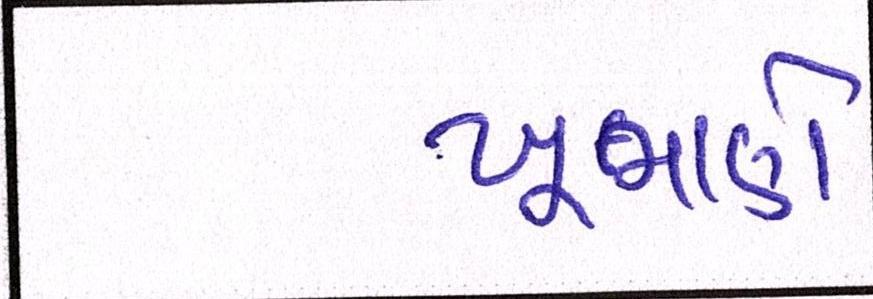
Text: ખૂમાણે